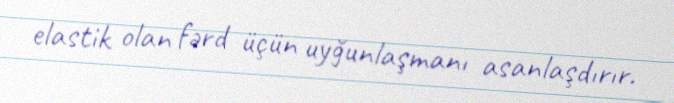
elastik olan fərd üçün uyğunlaşmanı asanlaşdırır.